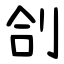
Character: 㓣